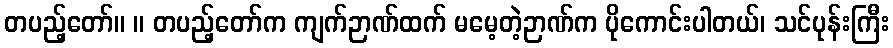
တပည့်တော်။ ။ တပည့်တော်က ကျက်ဉာဏ်ထက် မမေ့တဲ့ဉာဏ်က ပိုကောင်းပါတယ်၊ သင်ပုန်းကြီး